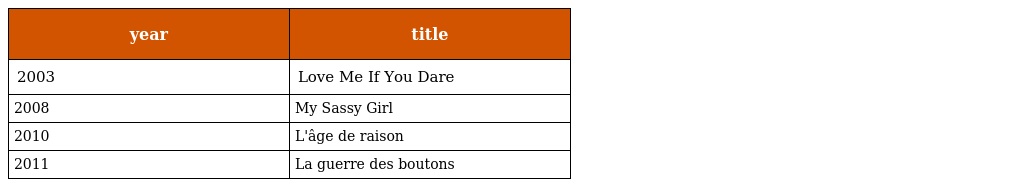
| year | title |
 | --- | --- |
 | 2003 | Love Me If You Dare |
 | 2008 | My Sassy Girl |
 | 2010 | L'âge de raison |
 | 2011 | La guerre des boutons |